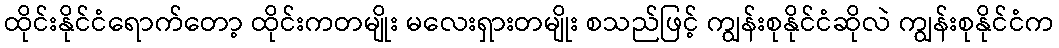
ထိုင်းနိုင်ငံရောက်တော့ ထိုင်းကတမျိုး မလေးရှားတမျိုး စသည်ဖြင့် ကျွန်းစုနိုင်ငံဆိုလဲ ကျွန်းစုနိုင်ငံက